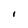
Character: I